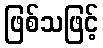
ဖြစ်သဖြင့်